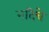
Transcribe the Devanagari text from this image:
नदिचे